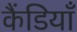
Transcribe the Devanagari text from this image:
कैंडियाँ